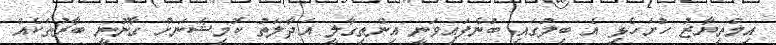
އިމްތިޔާޒު ހުށަހެޅި އެ ބިލުގައި ބުނެފައިވަނީ އިންތިގާލީ އަދާލަތު ކޮމިޝަނަށް ގާނޫނީ ބާރުތަކެއް